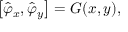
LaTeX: \left[ \hat { \varphi } _ { x } , \hat { \varphi } _ { y } \right] = G ( x , y ) ,